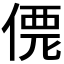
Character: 𠌐